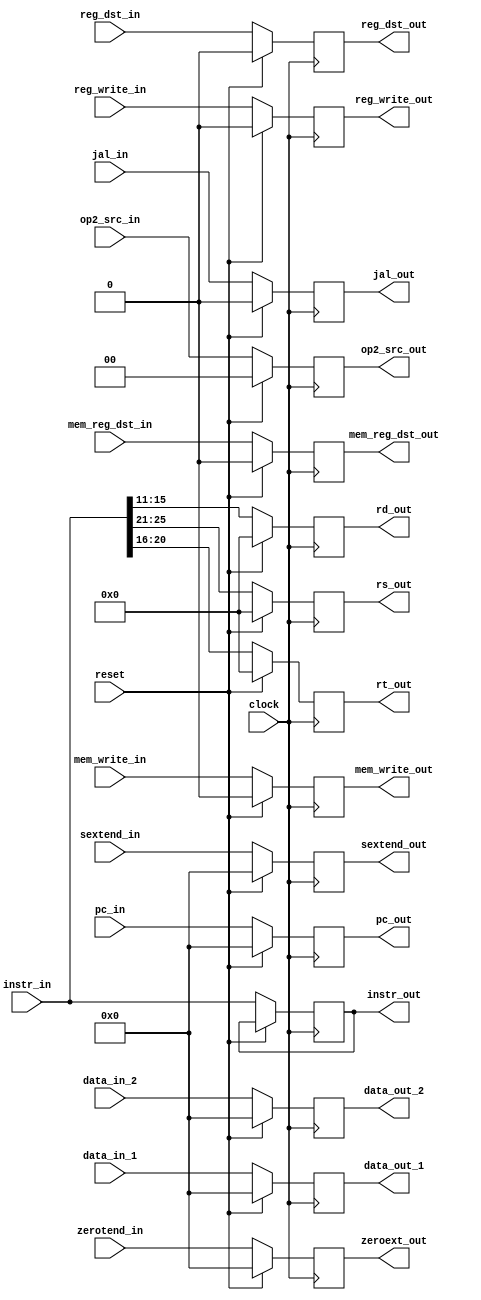
//ID_EX_pipe.v



module ID_EX_PIPE(
	input wire clock,
	input wire reset,
	input wire [31:0] pc_in,
	input wire [31:0] instr_in,
	
	// non-controller
	input wire [31:0] data_in_1,
	input wire [31:0] data_in_2,
	input wire [31:0] sextend_in,
	input wire [31:0] zerotend_in,
	
	output reg [31:0] data_out_1,
	output reg [31:0] data_out_2,
	
	output reg [31:0]instr_out,
	output reg reg_dst_out,
	output reg [4:0] rd_out,
	output reg [4:0] rt_out,
	output reg [4:0] rs_out,
	
	//controller
	input wire [1:0] op2_src_in,
	input wire reg_write_in,
	input wire reg_dst_in,
	input wire mem_reg_dst_in,
	output reg reg_write_out,
	output reg mem_reg_dst_out,
	
	//jump, jal, I type stuff
	input wire mem_write_in,
	output reg [31:0] pc_out,
	output reg [31:0] zeroext_out,
	output reg [31:0] sextend_out,
	output reg mem_write_out,
	output reg [1:0] op2_src_out,
	input wire jal_in,
	output reg jal_out
	);
	
	initial begin
		data_out_1 = 32'h00000000;
		data_out_2 = 32'h00000000;
		sextend_out = 32'h00000000;
		rt_out = 5'b00000;
		rs_out = 5'b00000;
		rd_out = 5'b00000;
		pc_out = 32'h00000000;
		reg_dst_out = 0;
		mem_reg_dst_out = 0;
		reg_write_out = 0;
		mem_write_out = 0;
		op2_src_out = 0;
		jal_out = 0;
	end
	
	always @(posedge clock) begin
		if (reset == 1'b1) begin
			data_out_1 <= 32'h00000000;
			data_out_2 <= 32'h00000000;
			sextend_out <= 32'h00000000;
			zeroext_out <= 32'h00000000;
			rt_out <= 5'b00000;
			rs_out <= 5'b00000;
			rd_out <= 5'b00000;
			pc_out <= 32'h00000000;
			reg_dst_out <= 0;
			mem_reg_dst_out <= 0;
			reg_write_out <= 0;
			mem_write_out <= 0;
			op2_src_out <= 0;
			jal_out <=0;
		end else begin
			data_out_1 <= data_in_1;
			data_out_2 <= data_in_2;
			sextend_out <= sextend_in;
			zeroext_out <= zerotend_in;
			instr_out <= instr_in;
			rt_out <= instr_in[20:16];
			rs_out <= instr_in[25:21];
			rd_out <= instr_in[15:11];
			pc_out <= pc_in;
			reg_dst_out <= reg_dst_in;
			mem_reg_dst_out <= mem_reg_dst_in;
			reg_write_out <= reg_write_in;
			mem_write_out <= mem_write_in;
			op2_src_out <= op2_src_in;
			jal_out <= jal_in;
		end
	end
endmodule